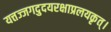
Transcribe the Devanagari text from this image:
यत्तज्जगदुदयरक्षाप्रलयकृत्।